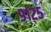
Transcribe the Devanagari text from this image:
९१२५